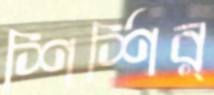
শির্‌শির্‌